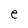
Character: e